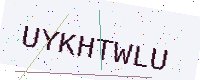
Text: UYKHTWLU